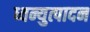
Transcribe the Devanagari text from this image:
ध्वन्युत्पादन